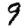
Digit: 9